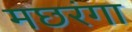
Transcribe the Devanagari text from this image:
मछरंगा